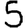
Digit: 5